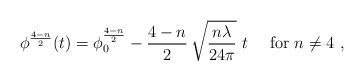
LaTeX: \begin{align*}\phi^{4-n\over 2}(t)=\phi^{4-n\over 2}_0 - \frac{4-n}{2}\,\sqrt{\frac{n \lambda}{24 \pi}} \ t \ \ \ \ \mbox{for} \ n\not = 4\ ,\end{align*}